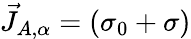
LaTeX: \vec{J}_{A,\alpha}=(\sigma_{0}+\sigma)